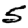
Digit: 5